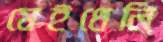
মেইথেলি